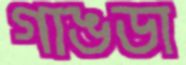
গাঙডা